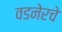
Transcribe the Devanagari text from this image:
वडनेरचे